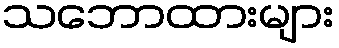
သဘောထားများ